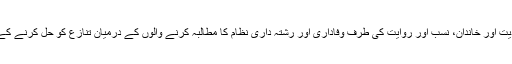
اس کے علاوہ، مغرور اونچا طبقہ، جو جدیدیت اور خاندان، نسب اور روایت کی طرف وفاداری اور رشتہ داری نظام کا مطالبہ کرنے والوں کے درمیان تنازع کو حل کرنے کے بارے میں کوئی سمجھ بوجھ نہیں رکھتے۔